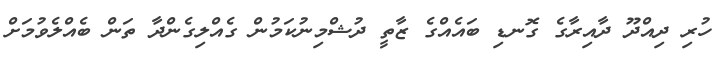
ހުރި ދިއްދޫ ދާއިރާގެ ގޮނޑި ބައެއްގެ ޒާތީ ދުޝްމިނުކަމުން ގެއްލިގެންދާ ތަން ބެއްލެވުމަށް